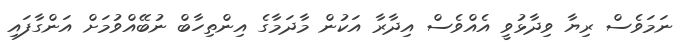
ނަމަވެސް ރިޔާ ވިދާޅުވީ އެއްވެސް އިދާރާ އަކުން މާދަމާގެ އިންތިހާބް ނުބޭއްވުމަށް އަންގާފައި